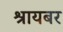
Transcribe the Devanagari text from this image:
श्रायबर